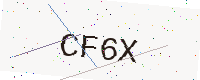
Text: CF6X